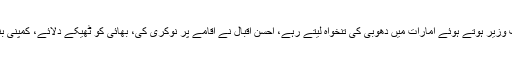
وزیر مواصلات مراد سعید نے قومی اسمبلی اجلاس سے خطاب میں کہا کہ خواجہ آصف وزیر ہوتے ہوئے امارات میں دھوبی کی تنخواہ لیتے رہے، احسن اقبال نے اقامے پر نوکری کی، بھائی کو ٹھیکے دلائے، کمپنی بنا کر کرپشن کا پیسہ چھپایا، شہباز شریف نے برطانوی صحافی پر کیس کیوں نہیں کیا؟